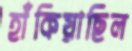
হাঁকিয়াছিল